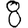
Digit: 8